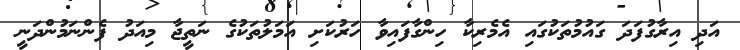
އަދި އިރާގުފަދަ ގައުމުތަކުގައި އެމެރިކާ ހިންގާފައިވާ ހަރުކަށި އަމަލުތަކުގެ ނަތީޖާ މިއަދު ފެންނަމުންދަނީ